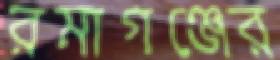
রমাগঞ্জের